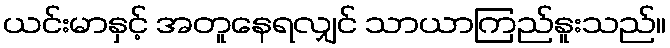
ယင်းမာနှင့် အတူနေရလျှင် သာယာကြည်နူးသည်။